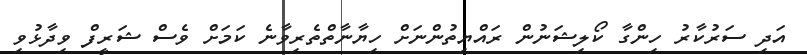
އަދި ސަރުކާރު ހިންގާ ކޯލިޝަނުން ރައްޔިތުންނަށް ހިޔާނާތްތެރިވާނެ ކަމަށް ވެސް ޝަރީފް ވިދާޅުވި